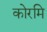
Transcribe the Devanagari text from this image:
कोरमि